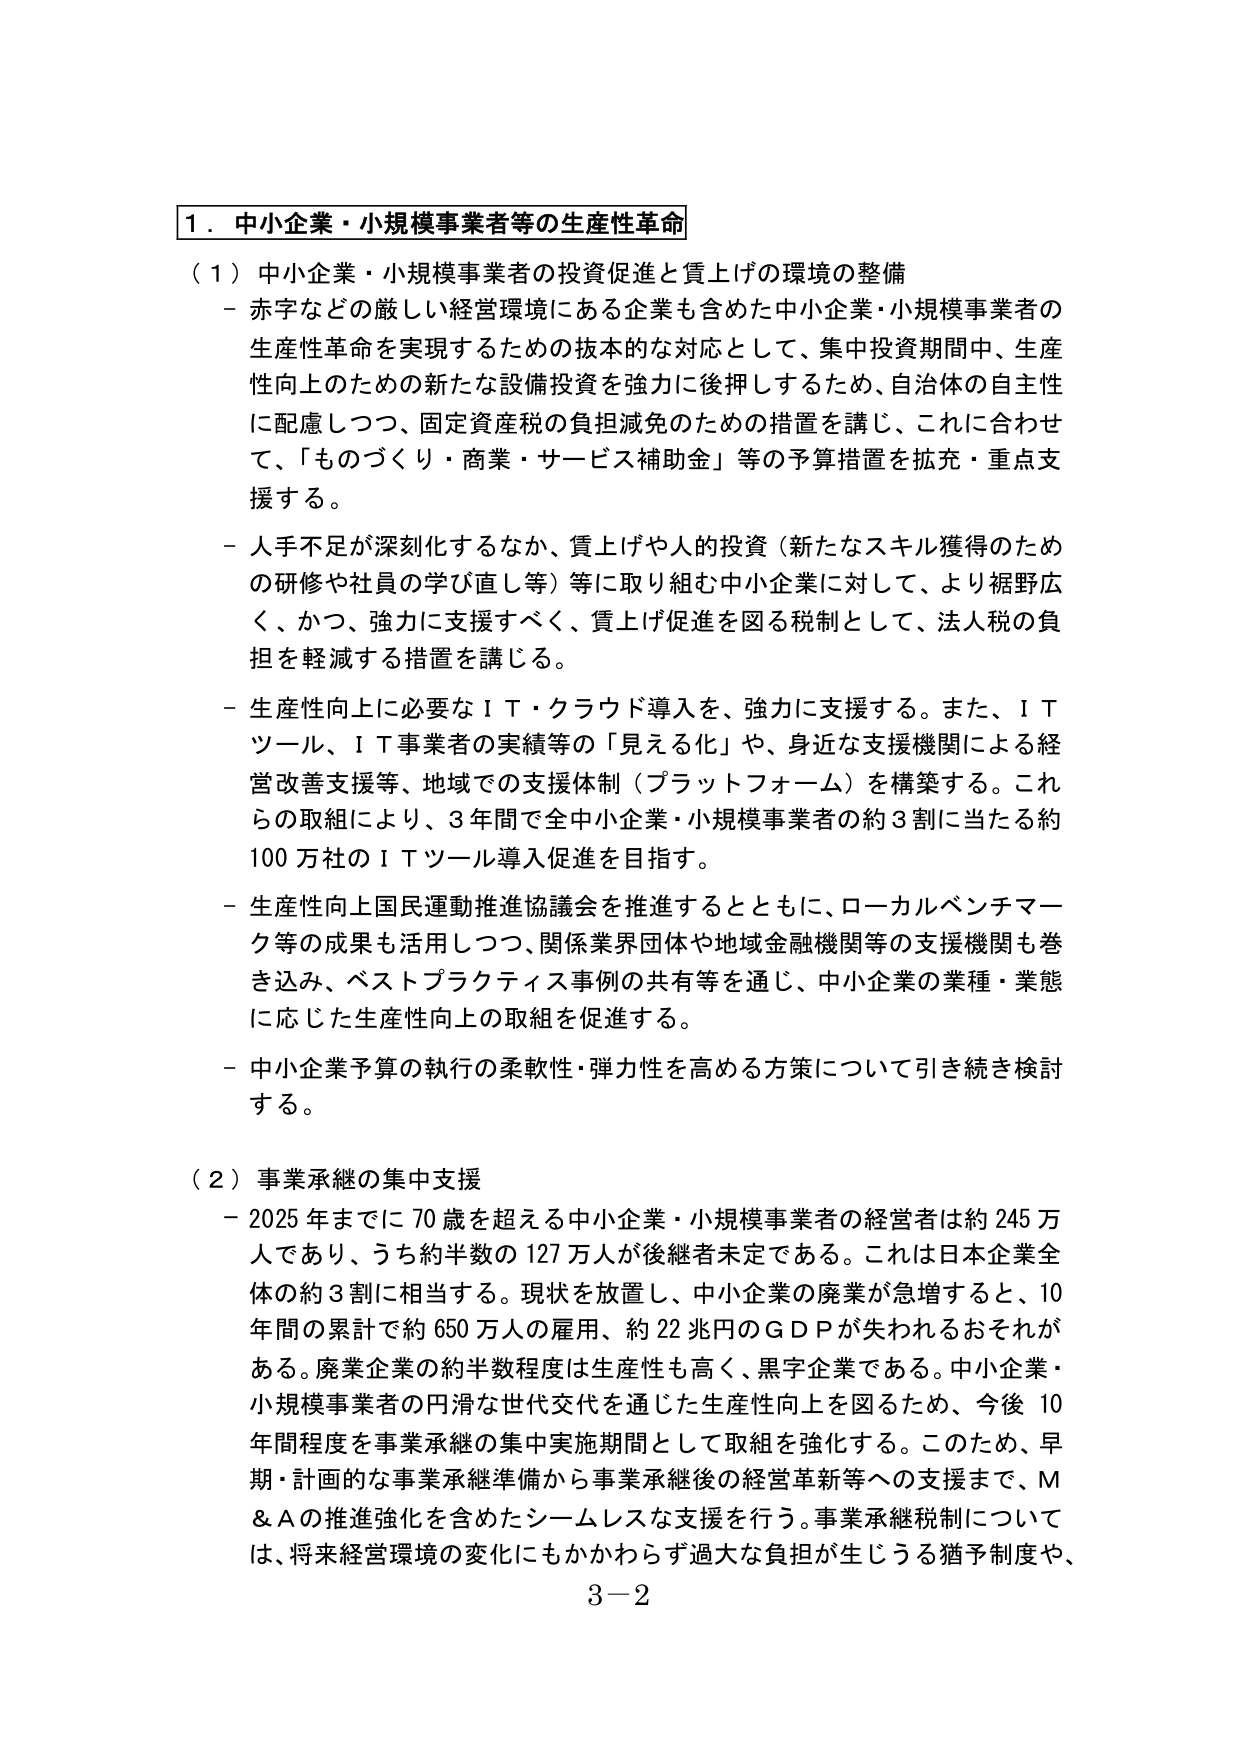
1．中小企業・小規模事業者等の生産性革命

（1）中小企業・小規模事業者の投資促進と賃上げの環境の整備
－赤字などの厳しい経営環境にある企業も含めた中小企業・小規模事業者の生産性革命を実現するための抜本的な対応として、集中投資期間中、生産性向上のための新たな設備投資を強力に後押しするため、自治体の自主性に配慮しつつ、固定資産税の負担減免のための措置を講じ、これに合わせて、「ものづくり・商業・サービス補助金」等の予算措置を拡充・重点支援する。
－人手不足が深刻化するなか、賃上げや人的投資（新たなスキル獲得のための研修や社員の学び直し等）等に取り組む中小企業に対して、より裾野広く、かつ、強力に支援すべく、賃上げ促進を図る税制として、法人税の負担を軽減する措置を講じる。
－生産性向上に必要なＩＴ・クラウド導入を、強力に支援する。また、ＩＴツール、ＩＴ事業者の実績等の「見える化」や、身近な支援機関による経営改善支援等、地域での支援体制（プラットフォーム）を構築する。これらの取組により、3年間で全中小企業・小規模事業者の約3割に当たる約100万社のＩＴツール導入促進を目指す。
－生産性向上国民運動推進協議会を推進するとともに、ローカルベンチマーク等の成果も活用しつつ、関係業界団体や地域金融機関等の支援機関も巻き込み、ベストプラクティス事例の共有等を通じ、中小企業の業種・業態に応じた生産性向上の取組を促進する。
－中小企業予算の執行の柔軟性・弾力性を高める方策について引き続き検討する。

（2）事業承継の集中支援
－2025年までに70歳を超える中小企業・小規模事業者の経営者は約245万人であり、うち約半数の127万人が後継者未定である。これは日本企業全体の約3割に相当する。現状を放置し、中小企業の廃業が急増すると、10年間の累計で約650万人の雇用、約22兆円のＧＤＰが失われるおそれがある。廃業企業の約半数程度は生産性も高く、黒字企業である。中小企業・小規模事業者の円滑な世代交代を通じた生産性向上を図るため、今後10年間程度を事業承継の集中実施期間として取組を強化する。このため、早期・計画的な事業承継準備から事業承継後の経営革新等への支援まで、Ｍ＆Ａの推進強化を含めたシームレスな支援を行う。事業承継税制については、将来経営環境の変化にもかかわらず過大な負担が生じうる猶予制度や、
3－2